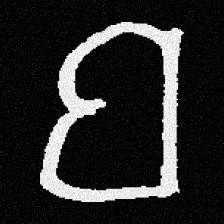
Pyu character \u2014 Myanmar letter: ဗ (romanized: ba)